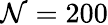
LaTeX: \mathcal{N}=200